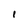
Character: 1